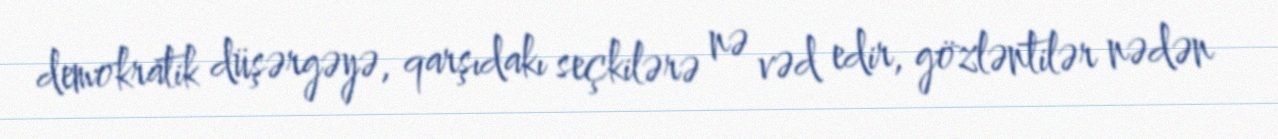
demokratik düşərgəyə, qarşıdakı seçkilərə nə vəd edir, gözləntilər nədən